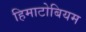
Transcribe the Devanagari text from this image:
हिमाटोबियम